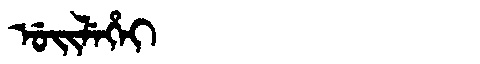
Manchu: ᡠᡳᠯᡝᡥᡝᡳ
Romanization: UILEHEI